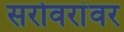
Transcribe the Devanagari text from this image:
सरोवरांवर